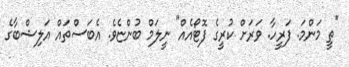
"ތީ މަންމަ. ފަރީހާ. ވަރަށް ކުރީގެ ފޮޓޯއެއް" ނީލަމް ބުންޏެވެ. އެބަސްތައް އަލިޝްބާގެ